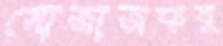
মোজাজফর